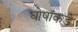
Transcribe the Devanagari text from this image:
घोषांकडे